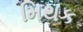
મિથક